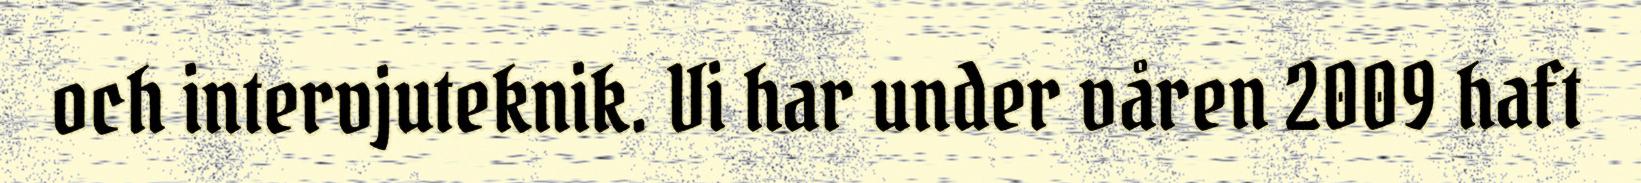
och intervjuteknik. Vi har under våren 2009 haft